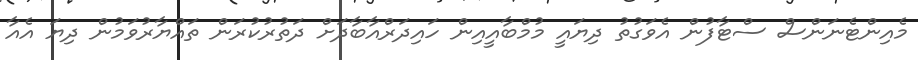
މެއިންޓެނަންސް ސްޓާފުން އެވަގުތު ދިޔައީ މުމްބާއީއިން ހައިދަރްއާބާދަށް ދަތުރުކުރަން ތައްޔާރުވަމުން ދިޔަ އެއާ